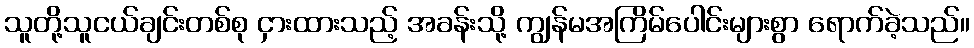
သူတို့သူငယ်ချင်းတစ်စု ငှားထားသည့် အခန်းသို့ ကျွန်မအကြိမ်ပေါင်းများစွာ ရောက်ခဲ့သည်။